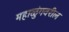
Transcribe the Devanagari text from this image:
महाळुंगवरील